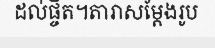
ដល់ផ្ចិត។តារាសម្តែងរូប